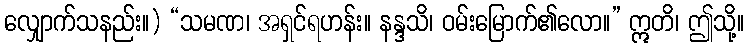
လျှောက်သနည်း။) “သမဏ၊ အရှင်ရဟန်း။ နန္ဒသိ၊ ဝမ်းမြောက်၏လော။” ဣတိ၊ ဤသို့။